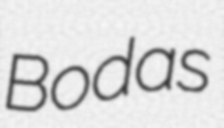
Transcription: Bodas